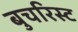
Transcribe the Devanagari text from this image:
बुचरिस्ट